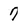
Character: 7